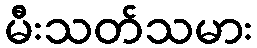
မီးသတ်သမား